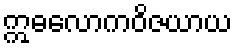
ဣဓလောကဝိဇယာယ